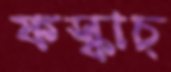
ফস্‌কাচ্